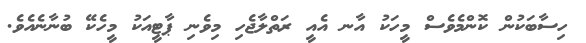
ހިސާބަކުން ކޮންމެވެސް މީހަކު އާނ އެއީ ރަތްލާޖެހި މިވެނި ޕާޓީއަކު މީހެކޭ ބުނާނެއެވެ.